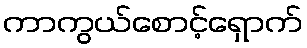
ကာကွယ်စောင့်ရှောက်